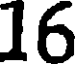
16